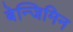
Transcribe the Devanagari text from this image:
बेन्जिमिन